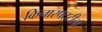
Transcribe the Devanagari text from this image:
किनारपटटीला